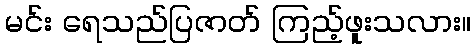
မင်း ရေသည်ပြဇာတ် ကြည့်ဖူးသလား။